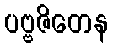
ပဗ္ဗဇိတေန